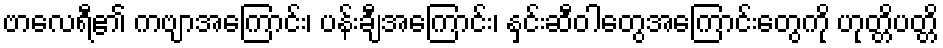
ဗာလေရီ၏ ကဗျာအကြောင်း၊ ပန်းချီအကြောင်း၊ နှင်းဆီဝါတွေအကြောင်းတွေကို ဟုတ္တိပတ္တိ